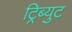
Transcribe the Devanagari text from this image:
ट्रिब्युट